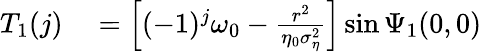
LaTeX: \begin{array}{rl}{T_{1}(j)}&{{}=\left[(-1)^{j}\omega_{0}-\frac{r^{2}}{\eta_{0}\sigma_{\eta}^{2}}\right]\sin\Psi_{1}(0,0)}\end{array}